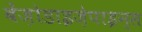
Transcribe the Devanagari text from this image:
बेंज़ोडाइज़ेपाइन्स